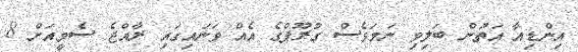
އިންޑިއާ އަތުން ބަލިވި ނަމަވެސް ގުރޫޕްގެ އެއް ވަނައިގައި ރާއްޖެ ސެމީއަށް 8